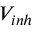
V _ { i n h }